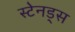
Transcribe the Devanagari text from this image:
स्टेनड्स